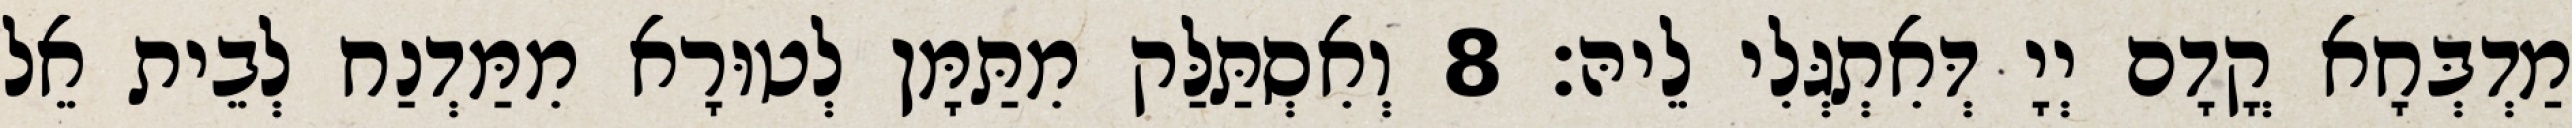
מַדְבְּחָא קֳדָם יְיָ דְּאִתְגְּלִי לֵיהּ׃ 8 וְאִסְתַּלַּק מִתַּמָּן לְטוּרָא מִמַּדְנַח לְבֵית אֵל